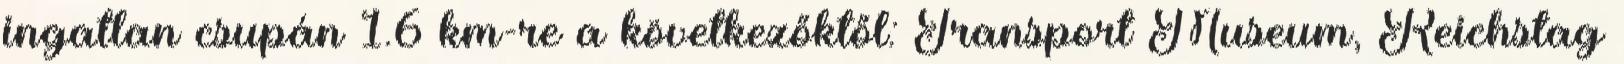
ingatlan csupán 1.6 km-re a következőktől: Transport Museum, Reichstag